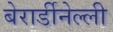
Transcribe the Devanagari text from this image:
बेरार्डीनेल्ली